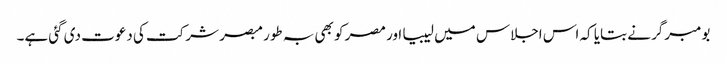
بومبرگر نے بتایا کہ اس اجلاس میں لیبیا اور مصر کو بھی بہ طور مبصر شرکت کی دعوت دی گئی ہے۔